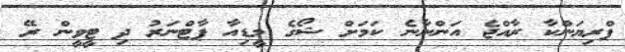
ޕްރިޔަންކާ ރާއްޖެ އަންނާނެ ކަމަށް ޝޯގެ މީޑިއާ ޕާޓްނަރު ދި ޓީވީން ރޭ